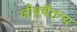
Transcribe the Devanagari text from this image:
जीवचैतन्य